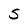
Character: S